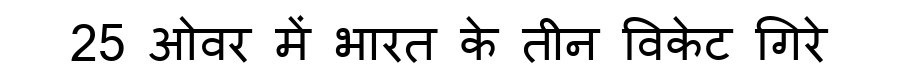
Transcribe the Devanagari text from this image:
25 ओवर में भारत के तीन विकेट गिरे